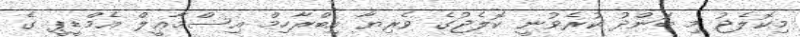
މިކޮލެޖު މި ބަންދު ކުރެވުނީ ކޮލެޖުގެ ވެރިޔާ އިބްރާހިމް އިސްމާޢީލް އެމްޑީޕީ ގެ